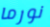
نورما